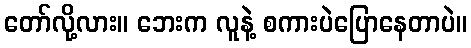
တော်လို့လား။ ဘေးက လူနဲ့ စကားပဲပြောနေတာပဲ။